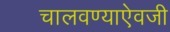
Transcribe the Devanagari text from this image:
चालवण्याऐवजी